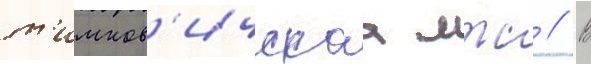
т'имков'ичскаа мтс // В